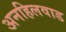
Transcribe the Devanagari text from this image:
अनहिलवाड